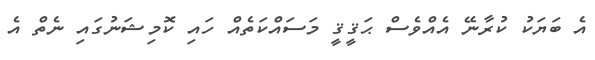
އެ ބަޔަކު ކުރާނޭ އެއްވެސް ޙަޤީޤީ މަސައްކަތެއް ހައި ކޮމިޝަނުގައި ނެތް އެ